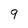
Character: 9